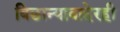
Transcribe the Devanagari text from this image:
बिछान्याबाहेरही